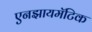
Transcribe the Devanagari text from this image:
एनझायमॅटिक